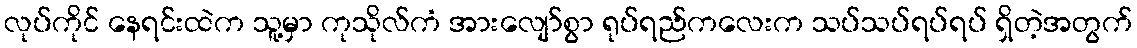
လုပ်ကိုင် နေရင်းထဲက သူ့မှာ ကုသိုလ်ကံ အားလျော်စွာ ရုပ်ရည်ကလေးက သပ်သပ်ရပ်ရပ် ရှိတဲ့အတွက်